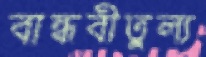
বান্ধবীতুল্য